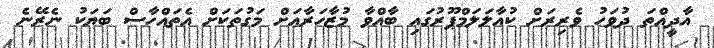
އާދީއްތަ ދުވަހު ވެރިރަށް ކުއާލަލަމްޕޫރުގައި ބާއްވާ މުޒާހަރާއަށް މަގުތަކަށް އެތައްހާސް ބަޔަކު ނެރޭނެ